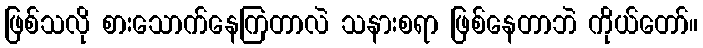
ဖြစ်သလို စားသောက်နေကြတာလဲ သနားစရာ ဖြစ်နေတာဘဲ ကိုယ်တော်။